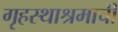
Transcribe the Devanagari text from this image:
गृहस्थाश्रमाची